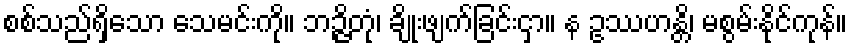
စစ်သည်ရှိသော သေမင်းကို။ ဘဉ္ဇိတုံ၊ ချိုးဖျက်ခြင်းငှာ။ န ဥဿဟန္တိ၊ မစွမ်းနိုင်ကုန်။